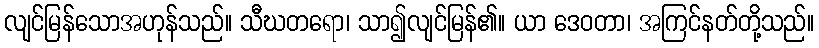
လျင်မြန်သောအဟုန်သည်။ သီဃတရော၊ သာ၍လျင်မြန်၏။ ယာ ဒေဝတာ၊ အကြင်နတ်တို့သည်။